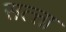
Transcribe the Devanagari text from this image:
सत्त्ता